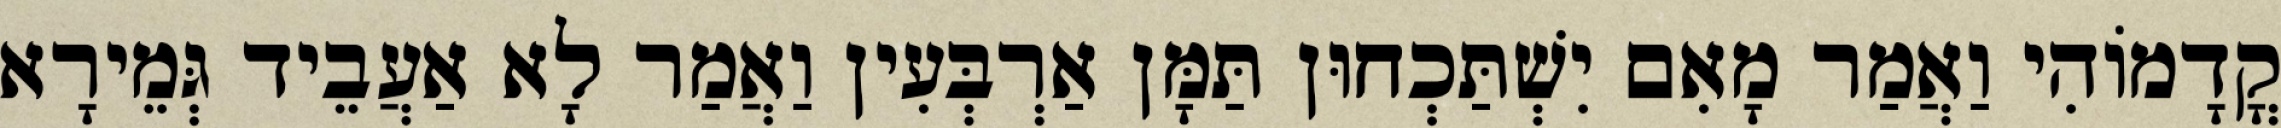
קֳדָמוֹהִי וַאֲמַר מָאִם יִשְׁתַּכְחוּן תַּמָּן אַרְבְּעִין וַאֲמַר לָא אַעֲבֵיד גְּמֵירָא